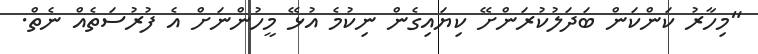
"މިހާރު ކަންކަން ބަދަލުކުރަންށޭ ކިޔައިގެން ނިކުމެ އުޅޭ މީހުންނަށް އެ ފުރުސަތެއް ނެތް.